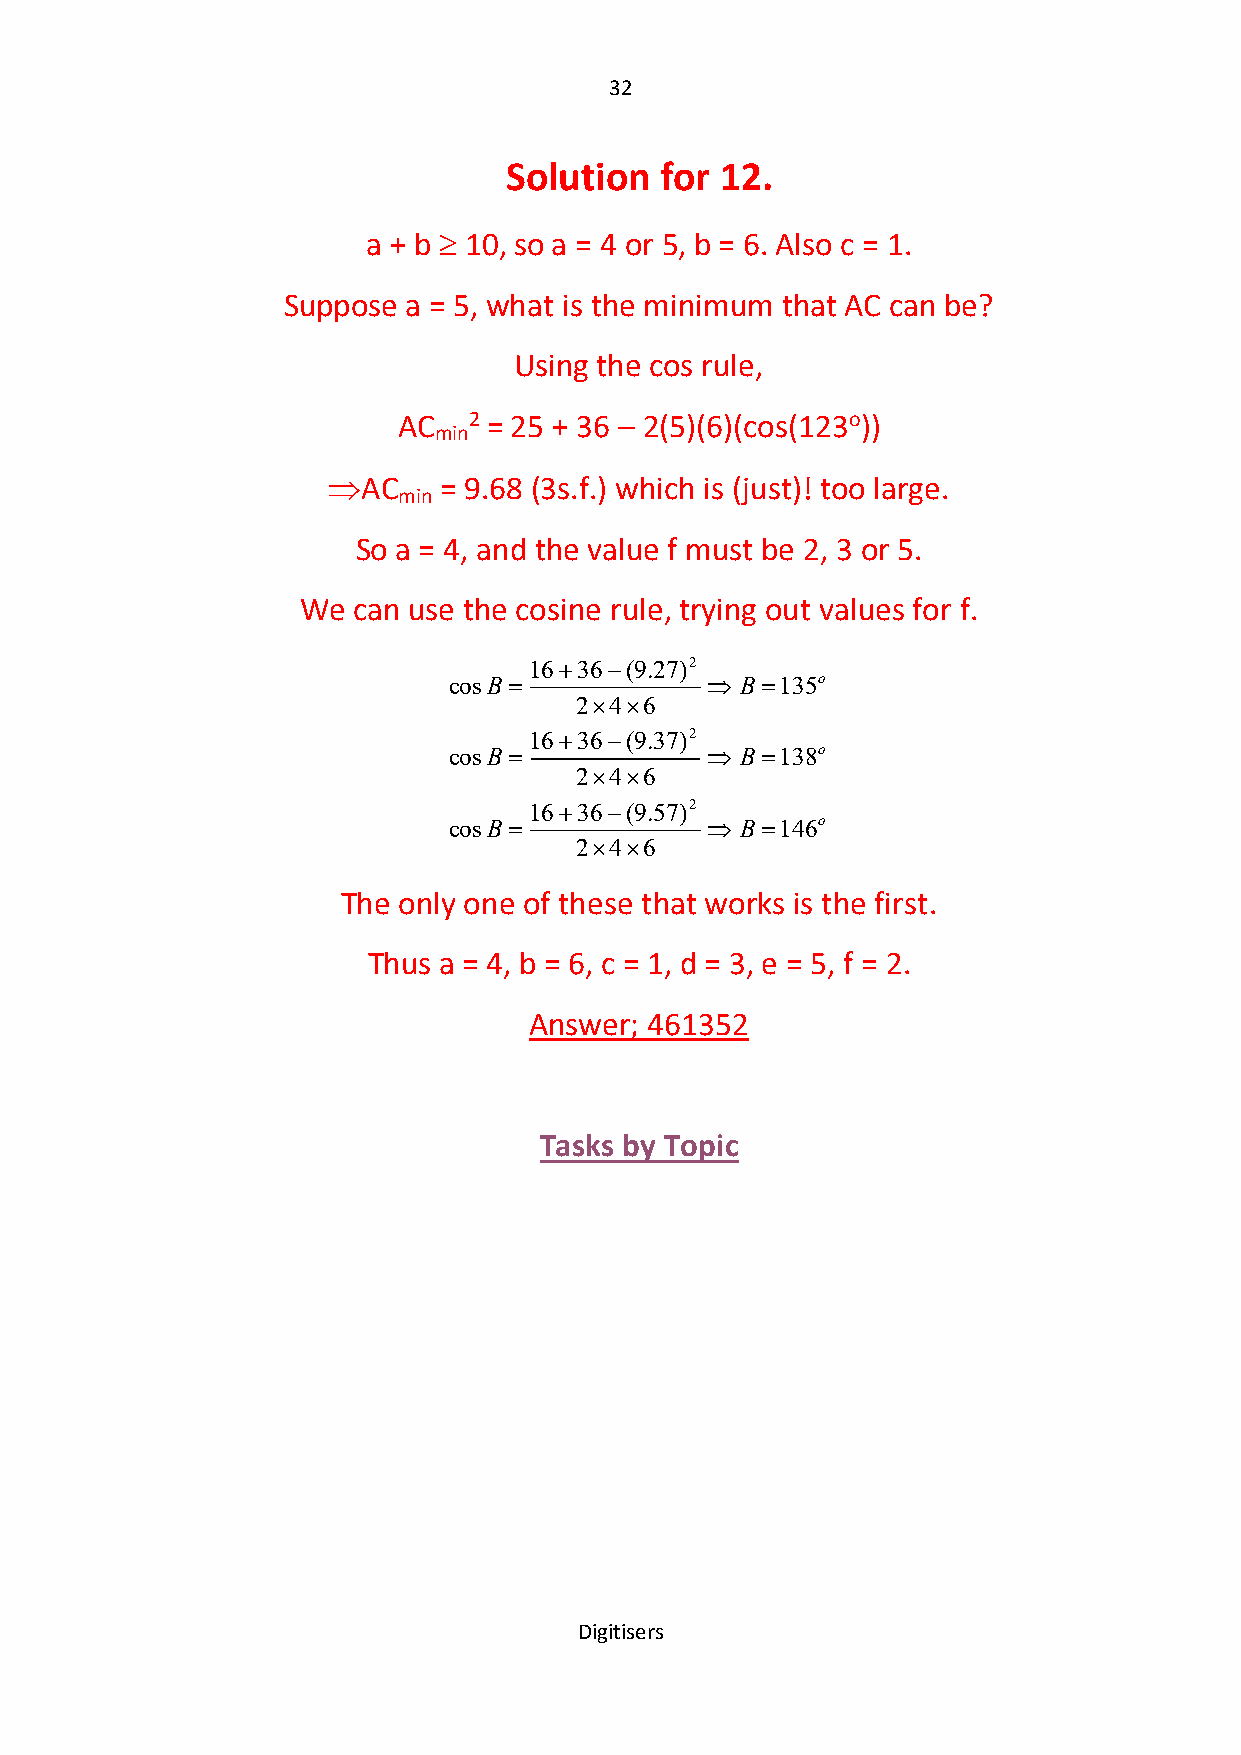
32
 Solution   for 12.
 a + b  10, so a = 4 or 5, b = 6. Also c = 1.
 Suppose a = 5, what is the minimum that AC can be?
 Using the cos rule,
 AC   2 = 25 + 36 – 2(5)(6)(cos(123o))
 min
 AC    = 9.68 (3s.f.) which is (just)! too large.
 min
 So a = 4, and the value f must be 2, 3 or 5.
 We can use the cosine rule, trying out values for f.
 1636(9.27)2
 cosB             B 135o
 246
 1636(9.37)2
 cosB             B 138o
 246
 1636(9.57)2
 cosB             B 146o
 246
 The only one of these that works is the first.
 Thus a = 4, b = 6, c = 1, d = 3, e = 5, f = 2.
 Answer; 461352
 Tasks by Topic
 Digitisers